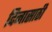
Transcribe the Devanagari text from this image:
दिनासाठी